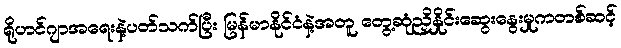
ရိုဟင်ဂျာအရေးနဲ့ပတ်သက်ပြီး မြန်မာနိုင်ငံနဲ့အတူ တွေ့ဆုံညှိနှိုင်းဆွေးနွေးမှုကတစ်ဆင့်